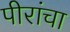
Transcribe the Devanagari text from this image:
पीरांचा